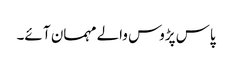
پاس پڑوس والے مہمان آ ئے۔